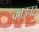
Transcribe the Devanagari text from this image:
काउचर